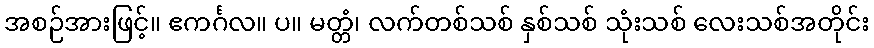
အစဉ်အားဖြင့်။ ဧကင်္ဂလ။ ပ။ မတ္တံ၊ လက်တစ်သစ် နှစ်သစ် သုံးသစ် လေးသစ်အတိုင်း